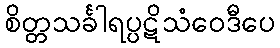
စိတ္တသင်္ခါရပ္ပဋိသံဝေဒီပေ